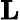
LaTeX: \textbf{L}